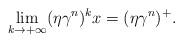
LaTeX: \begin{align*} \lim_{k\rightarrow +\infty}(\eta\gamma^n)^k x=(\eta\gamma^n)^+.\end{align*}